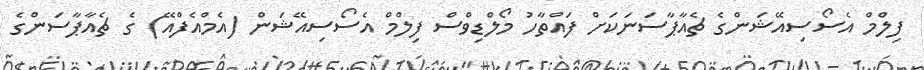
ފިލްމް އެސޯސިއޭޝަންގެ ޗެއާޕާސަނަކަށް ފައްތާހު މޯލްޑިވްސް ފިލްމް އެސޯސިއޭޝަން (އެމްއެފްއޭ) ގެ ޗެއާޕާސަންގެ